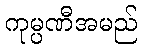
ကုမ္ပဏီအမည်